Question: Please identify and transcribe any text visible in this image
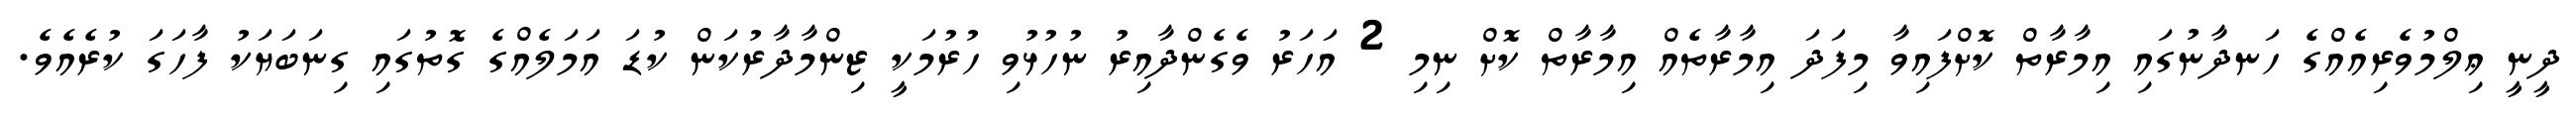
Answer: ދީނީ ޢިލްމުވެރިއެއްގެ ހަނދާނުގައި އިމާރާތް ކޮށްފައިވާ މިފަދަ އިމާރާތެއް އިމާރާތް ކޮށް ނިމި 2 އަހަރު ވެގެންދާއިރު ނުހުޅުވި ހުރުމަކީ ޒިންމާދާރުކަން ކުޑަ އަމަލެއްގެ ގޮތުގައި ގިނަބަޔަކު ފާހަގަ ކުރެއެވެ.